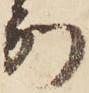
別